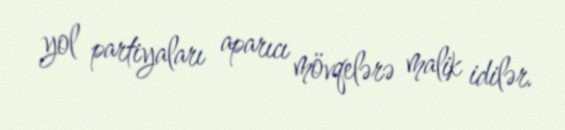
yol partiyaları aparıcı mövqelərə malik idilər.